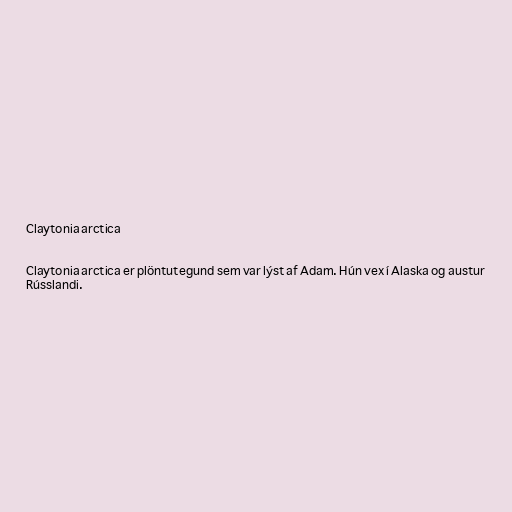
Claytonia arctica

Claytonia arctica er plöntutegund sem var lýst af Adam. Hún vex í Alaska og austur
Rússlandi.